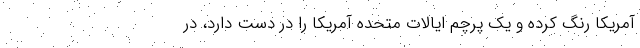
آمریکا رنگ کرده و یک پرچم ایالات متحده آمریکا را در دست دارد، در